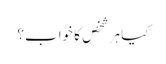
کیا ہر شخص کا خواب؟